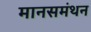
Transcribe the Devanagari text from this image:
मानसमंथन